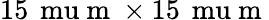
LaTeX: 15\, \mathrm{\ mu}\mathrm{~m~}\times 15\, \mathrm{\ mu}\mathrm{~m~}